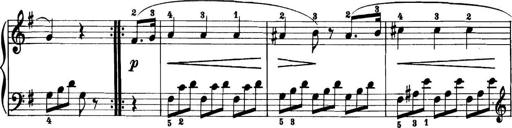
Title: 11 Sonatinas
Composer: Anton Diabelli